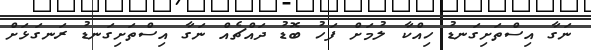
ނަގާ އިސްތަށިގަނޑު ހިއްކާ ލުމަށް ފަހު ބޮޑު ދައްޗެއް ނަގާ އިސްތަށިގަނޑު ރަނގަޅަށް